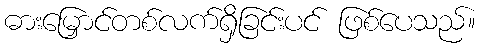
ဓားမြှောင်တစ်လက်ရှိခြင်းပင် ဖြစ်ပေသည်။